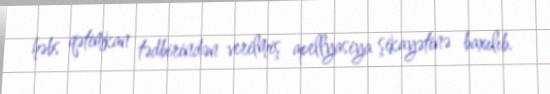
həbs qətimkan tədbirindən verilmiş apellyasiya şikayətinə baxılıb.